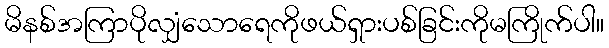
မိနစ်အကြာပိုလျှံသောရေကိုဖယ်ရှားပစ်ခြင်းကိုမကြိုက်ပါ။